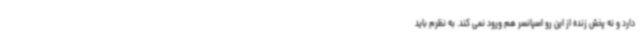
دارد و نه پخش زنده از این رو اسپانسر هم ورود نمی کند. به نظرم باید